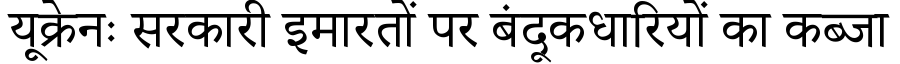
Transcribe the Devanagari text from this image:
यूक्रेनः सरकारी इमारतों पर बंदूकधारियों का कब्जा